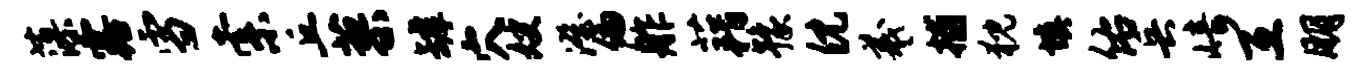
藻露雪索丘蓼罅穴嫂澄偏舴藉豫倪羲捕猊填佑兵崎互朋